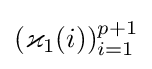
(\varkappa _{1}(i))_{i=1}^{p+1}